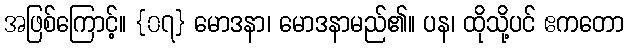
အဖြစ်ကြောင့်။ {၀၇} မောဒနာ၊ မောဒနာမည်၏။ ပန၊ ထိုသို့ပင် ဧကတော